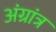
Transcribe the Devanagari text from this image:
अंग्रांत्र